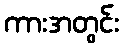
ကားအတွင်း